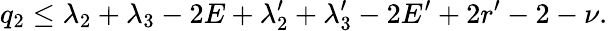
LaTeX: q_{2}\le\lambda_{2}+\lambda_{3}-2E+\lambda_{2}^{\prime}+\lambda_{3}^{\prime}-2E^{\prime}+2r^{\prime}-2-\nu.